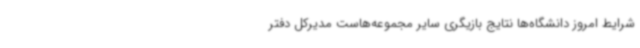
شرایط امروز دانشگاه‌ها نتایج بازیگری سایر مجموعه‌هاست مدیرکل دفتر